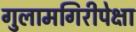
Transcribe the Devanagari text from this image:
गुलामगिरीपेक्षा